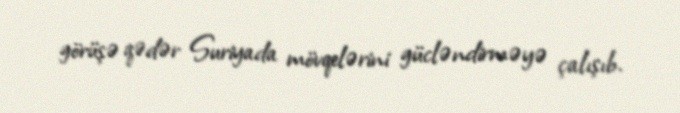
görüşə qədər Suriyada mövqelərini gücləndirməyə çalışıb.